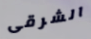
الشرقى